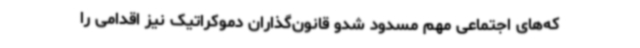
که‌های اجتماعی مهم مسدود شدو قانون‌گذاران دموکراتیک نیز اقدامی را